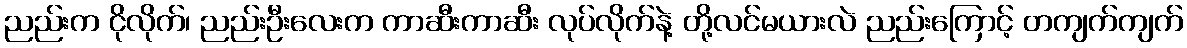
ညည်းက ငိုလိုက်၊ ညည်းဦးလေးက ကာဆီးကာဆီး လုပ်လိုက်နဲ့ တို့လင်မယားလဲ ညည်းကြောင့် တကျက်ကျက်